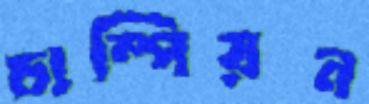
চাম্পিয়ন